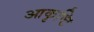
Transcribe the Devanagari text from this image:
आकृष्टि